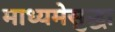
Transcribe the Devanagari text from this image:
माध्यमेसुद्धा